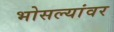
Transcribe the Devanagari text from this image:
भोसल्यांवर